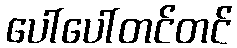
ပေါ်ပေါ်တင်တင်